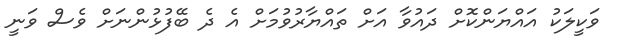
ވަކީލަކު އައްޔަންކޮށް ދައުވާ އަށް ތައްޔާރުވުމަށް އެ ދެ ބޭފުޅުންނަށް ވެސް ވަނީ